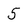
Character: 5